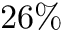
2 6 \%